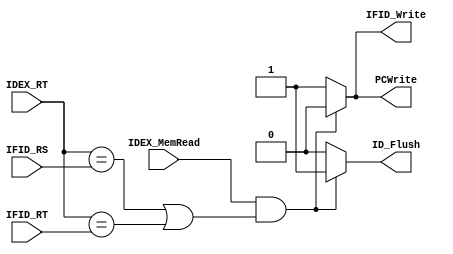
//109550184
`timescale 1ns / 1ps
//////////////////////////////////////////////////////////////////////////////////
// Company: 
// Engineer: 
// 
// Design Name: 
// Module Name: HD_Unit
// Project Name: 
// Target Devices: 
// Tool Versions: 
// Description: 
// 
// Dependencies: 
// 
// Revision:
// Revision 0.01 - File Created
// Additional Comments:
// 
//////////////////////////////////////////////////////////////////////////////////


module HD_Unit(
    IFID_RS,
    IFID_RT,
    IDEX_RT,
    IDEX_MemRead,
    PCWrite,
    IFID_Write,
    ID_Flush
    );
    
input [5-1:0] IFID_RS;
input [5-1:0] IFID_RT;
input [5-1:0] IDEX_RT;
input IDEX_MemRead;
output reg PCWrite;
output reg IFID_Write;
output reg ID_Flush;

always@(*) begin
    if (IDEX_MemRead && ((IDEX_RT==IFID_RS) || (IDEX_RT==IFID_RT))) begin
        PCWrite = 0;
        IFID_Write = 0;
        ID_Flush = 1;        
    end
    else begin
        PCWrite = 1;
        IFID_Write = 1;
        ID_Flush = 0;
    end   
end
endmodule